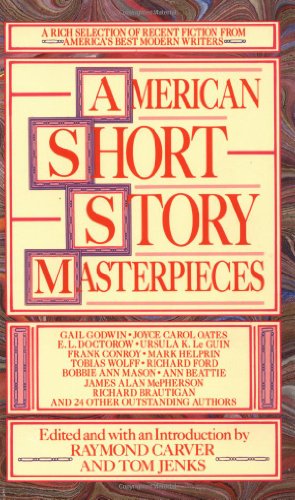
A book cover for American Short Story Masterpieces; Literature & Fiction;